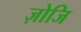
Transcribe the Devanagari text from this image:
ज़ोजि